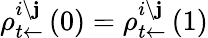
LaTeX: \rho_{t\leftarrow}^{i\setminus\mathbf{j}}\left(0\right)=\rho_{t\leftarrow}^{i\setminus\mathbf{j}}\left(1\right)